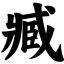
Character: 臧